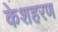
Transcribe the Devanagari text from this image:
केशहरण